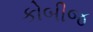
કોબીજ